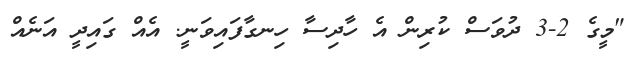
"މީގެ 2-3 ދުވަސް ކުރިން އެ ހާދިސާ ހިނގާފައިވަނީ. އެއް ގައިދީ އަނެއް